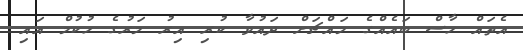
އެތައް ހާސް ބައެއްގެ މައްޗަށް ދައުވާ ކުރި އިރު މަރުގެ ހުކުމް އައި